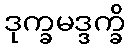
ဒုက္ခမဒ္ဒက္ခိ